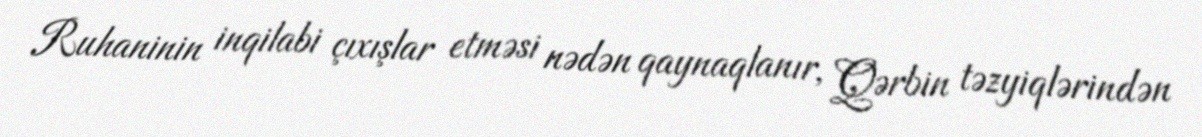
Ruhaninin inqilabi çıxışlar etməsi nədən qaynaqlanır, Qərbin təzyiqlərindən